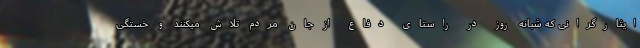
ایثارگرانی که شبانه روز در راستای دفاع از جان مردم تلاش میکنند و خستگی